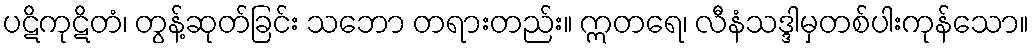
ပဋိကုဋိတံ၊ တွန့်ဆုတ်ခြင်း သဘော တရားတည်း။ ဣတရေ၊ လီနံသဒ္ဒါမှတစ်ပါးကုန်သော။